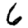
Digit: 6